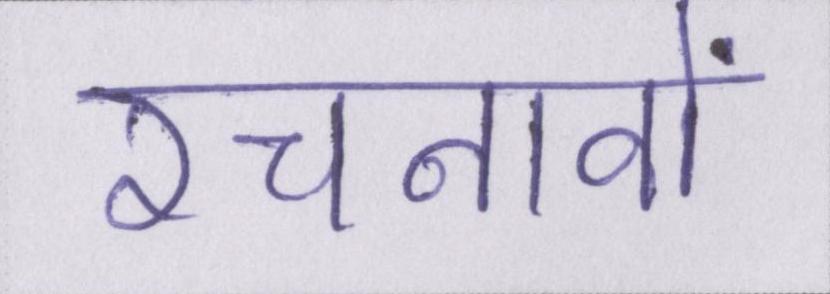
रचनावों